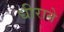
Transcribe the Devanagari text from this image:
धीराने